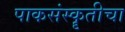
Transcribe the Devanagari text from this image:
पाकसंस्कॄतीचा